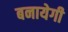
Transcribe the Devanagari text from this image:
बनायेगी